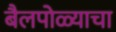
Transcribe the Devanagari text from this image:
बैलपोळ्याचा